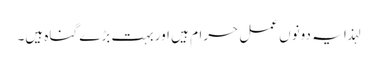
لہذا یہ دونوں عمل حرام ہیں اور بہت بڑے گناہ ہیں۔